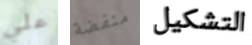
علي منفضة التشكيل